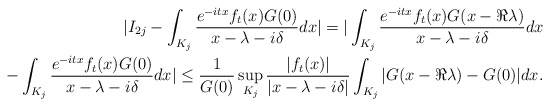
\begin{align*} | I_{2j} - \int_{K_j} \frac{e^{-itx} f_t (x) G(0) }{x- \lambda - i\delta } dx | = | \int_{K_j} \frac{e^{-itx} f_t (x) G(x - \Re \lambda) }{x-\lambda - i\delta } dx \\- \int_{K_j} \frac{e^{-itx} f_t (x)G(0) }{x- \lambda - i\delta } dx | \leq \frac{1}{G(0)} \sup_{K_j} \frac{ |f_t (x)| }{ |x- \lambda - i\delta|} \int_{K_j} | G(x - \Re \lambda) - G(0) | dx.\end{align*}